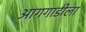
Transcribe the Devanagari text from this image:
आगगाडीला